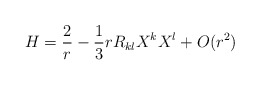
\begin{align*}H = \frac{2}{r} - \frac{1}{3} r R_{kl} X^kX^l + O(r^2)\end{align*}